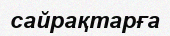
сайрақтарға